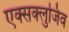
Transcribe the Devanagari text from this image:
एक्सक्लुजिव